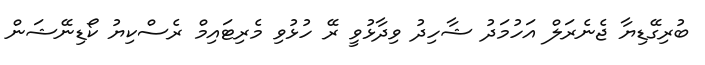
ބުރިގޭޑިޔާ ޖެނެރަލް އަހުމަދު ޝާހިދު ވިދާޅުވީ ރޭ ހުޅުވި މެރިޓައިމް ރެސްކިޔު ކޯޑިނޭޝަން